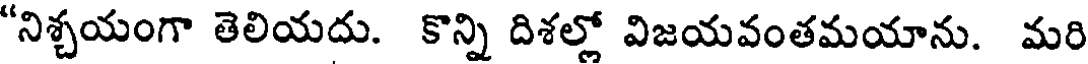
"నిశ్చయంగా తెలియదు. కొన్ని దిశల్లో విజయవంతమయాను. మరి